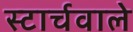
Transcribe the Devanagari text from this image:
स्टार्चवाले